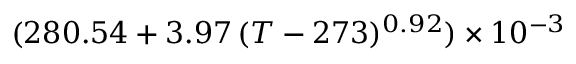
( 2 8 0 . 5 4 + 3 . 9 7 \, ( T - 2 7 3 ) ^ { 0 . 9 2 } ) \times 1 0 ^ { - 3 }